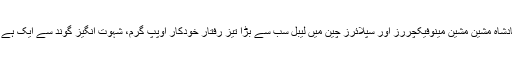
بادشاہ مشین مشین مینوفیکچررز اور سپلائرز چین میں لیبل سب سے بڑا تیز رفتار خودکار اوپپ گرم، شہوت انگیز گوند سے ایک ہے ۔